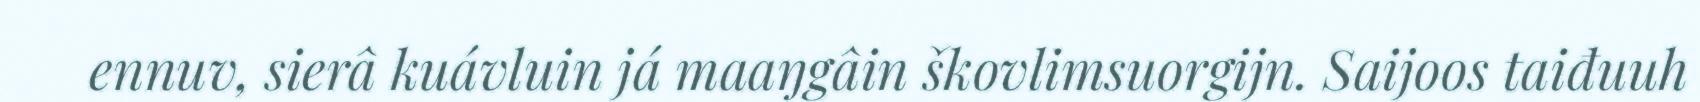
ennuv, sierâ kuávluin já maaŋgâin škovlimsuorgijn. Saijoos taiđuuh